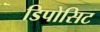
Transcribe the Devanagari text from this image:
डिपोसिट